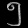
Digit: ၅